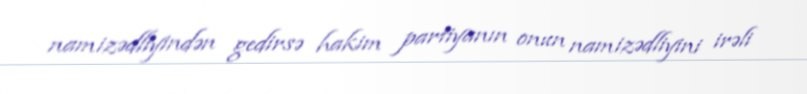
namizədliyindən gedirsə hakim partiyanın onun namizədliyini irəli